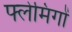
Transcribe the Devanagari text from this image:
फ्लेमिंगों